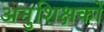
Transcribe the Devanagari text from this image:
अनुशिक्षकों